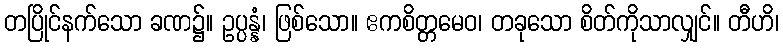
တပြိုင်နက်သော ခဏ၌။ ဥပ္ပန္နံ၊ ဖြစ်သော။ ဧကစိတ္တမေဝ၊ တခုသော စိတ်ကိုသာလျှင်။ တီဟိ၊